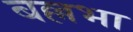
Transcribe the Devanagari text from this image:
बल्लभा